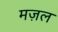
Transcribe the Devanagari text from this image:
मज़ल